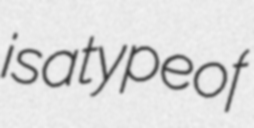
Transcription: is a type of